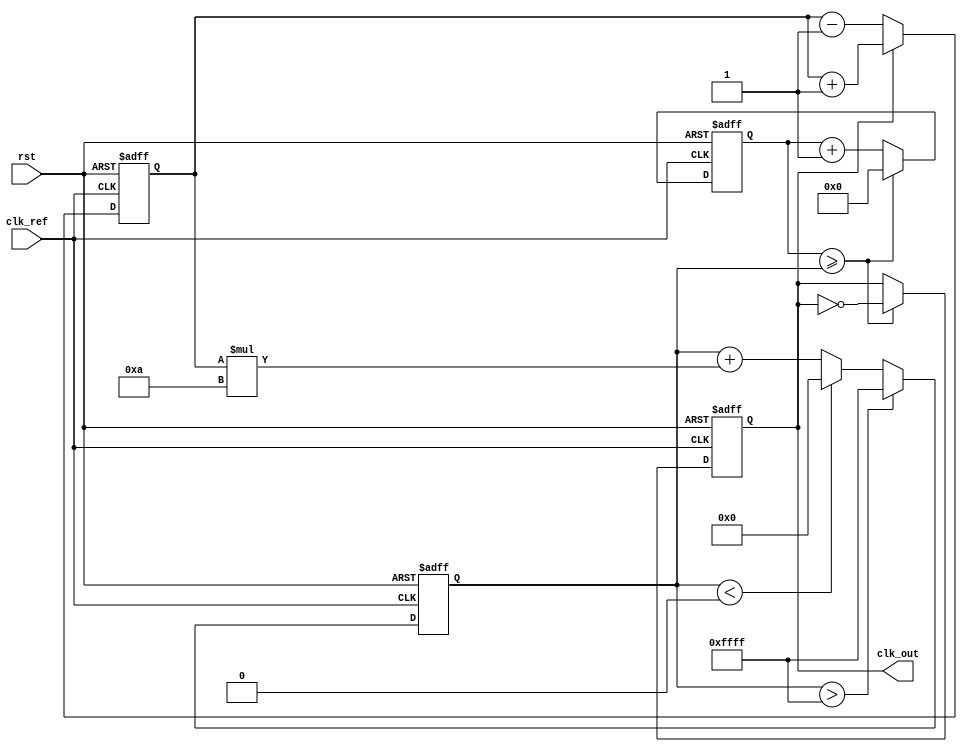
module pll (
    input wire clk_ref,           // Reference clock input
    input wire rst,               // Reset signal
    output reg clk_out            // Output clock
);

    // Parameters
    parameter integer REF_FREQ = 100;     // Reference frequency in MHz
    parameter integer OUT_FREQ = 200;      // Desired output frequency in MHz
    parameter integer LOOP_BW = 10;        // Loop bandwidth

    // Internal signals
    reg [1:0] phase_error;        // Phase error signal (2-bit)
    reg [15:0] control_voltage;    // Control voltage for VCO
    reg [31:0] vco_counter;        // VCO counter for clock generation
    reg [31:0] vco_divider;        // Divider for output clock frequency

    // Phase Detector (PD)
    always @(posedge clk_ref or posedge rst) begin
        if (rst) begin
            phase_error <= 2'b00;
        end else begin
            // Simple phase detection logic
            if (clk_out) begin
                phase_error <= phase_error + 1; // Output clock is leading
            end else begin
                phase_error <= phase_error - 1; // Output clock is lagging
            end
        end
    end

    // Loop Filter (LF)
    always @(posedge clk_ref or posedge rst) begin
        if (rst) begin
            control_voltage <= 16'b0;
        end else begin
            // Simple proportional control for the loop filter
            control_voltage <= control_voltage + (phase_error * LOOP_BW);
            // Clamp control voltage to avoid overflow
            if (control_voltage > 16'hFFFF) begin
                control_voltage <= 16'hFFFF;
            end else if (control_voltage < 16'b0) begin
                control_voltage <= 16'b0;
            end
        end
    end

    // Voltage-Controlled Oscillator (VCO)
    always @(posedge clk_ref or posedge rst) begin
        if (rst) begin
            vco_counter <= 32'b0;
            clk_out <= 1'b0;
            vco_divider <= REF_FREQ / OUT_FREQ; // Set divider based on frequencies
        end else begin
            // VCO logic: Toggle clock based on control voltage
            vco_counter <= vco_counter + 1;
            if (vco_counter >= control_voltage) begin
                clk_out <= ~clk_out; // Toggle output clock
                vco_counter <= 32'b0; // Reset the counter
            end
        end
    end

endmodule